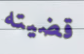
قضيته